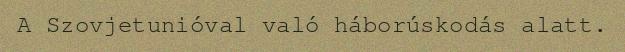
A Szovjetunióval való háborúskodás alatt.